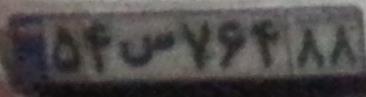
۵۴س۷۶۴۸۸